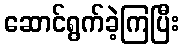
ဆောင်ရွက်ခဲ့ကြပြီး